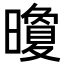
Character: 𪱏